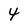
Character: 4